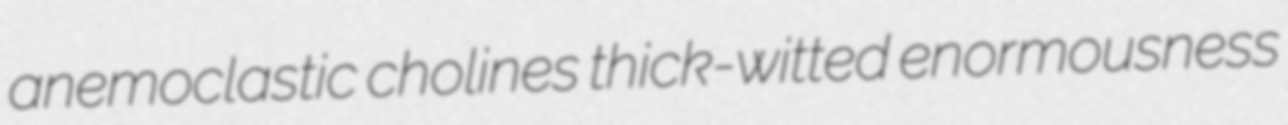
anemoclastic cholines thick-witted enormousness